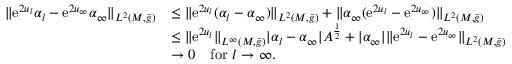
\begin{array} { r l } { \| \mathrm { e } ^ { 2 u _ { l } } \alpha _ { l } - \mathrm { e } ^ { 2 u _ { \infty } } \alpha _ { \infty } \| _ { L ^ { 2 } ( M , \bar { g } ) } } & { \le \| \mathrm { e } ^ { 2 u _ { l } } ( \alpha _ { l } - \alpha _ { \infty } ) \| _ { L ^ { 2 } ( M , \bar { g } ) } + \| \alpha _ { \infty } ( \mathrm { e } ^ { 2 u _ { l } } - \mathrm { e } ^ { 2 u _ { \infty } } ) \| _ { L ^ { 2 } ( M , \bar { g } ) } } \\ & { \le \| \mathrm { e } ^ { 2 u _ { l } } \| _ { L ^ { \infty } ( M , \bar { g } ) } | \alpha _ { l } - \alpha _ { \infty } | A ^ { \frac 1 2 } + | \alpha _ { \infty } | \| \mathrm { e } ^ { 2 u _ { l } } - \mathrm { e } ^ { 2 u _ { \infty } } \| _ { L ^ { 2 } ( M , \bar { g } ) } } \\ & { \to 0 \quad \mathrm { f o r ~ } l \to \infty . } \end{array}